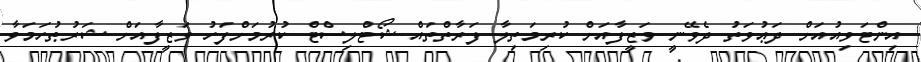
އިންޓަވިއުއަށް ދަޢުވަތު ދެވޭނީ ވަޒީފާއަށް ކުރިމަތިލާ ފަރާތްތައް ޝޯޓްލިސްޓް ކުރުމަށްފަހު ވަޒީފާއަށް ޝަރުޠުހަމަވާ